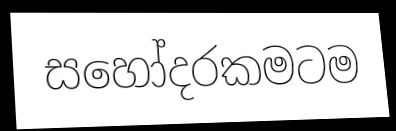
සහෝදරකමටම